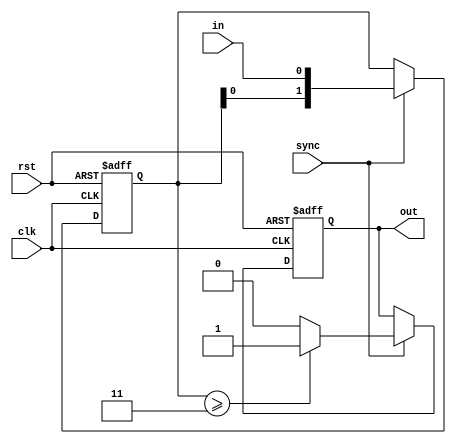
//    
//         -  sync

`timescale 1ns / 1ps


module buttonCleaner(
    input in, //  
    input sync, //    ,      ""
	 input clk, //
	 input rst,
    output reg out //  
    );
	
	reg [1:0]count;

always @(posedge clk, posedge rst)
begin
	if(rst)
	begin
		count <= 0;
		out <= 0;
	end
	else
	begin
		if(sync)
		begin
			count <= {count[0], in}; //        ( )
			if(count >= 2'b11) //       -  
				out <= 1;
			else
				out <= 0;
		end
	end
end

endmodule